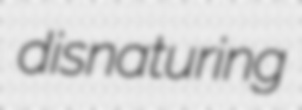
disnaturing